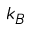
k _ { B }